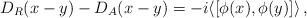
LaTeX: \begin{align*} D_R(x-y)-D_A(x-y) = -i\langle [\phi(x),\phi(y)] \rangle\, ,\end{align*}